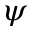
\psi